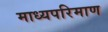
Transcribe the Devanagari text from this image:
माध्यपरिमाण